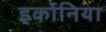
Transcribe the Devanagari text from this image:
इर्कोनिया